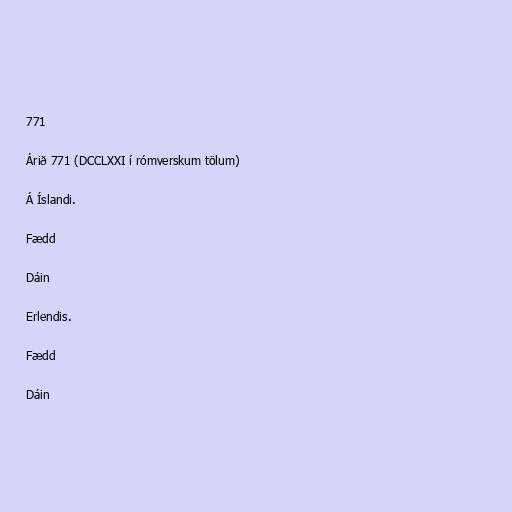
771

Árið 771 (DCCLXXI í rómverskum tölum)

Á Íslandi.

Fædd

Dáin

Erlendis.

Fædd

Dáin